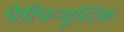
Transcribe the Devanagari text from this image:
पेरिपन्यूस्टिक